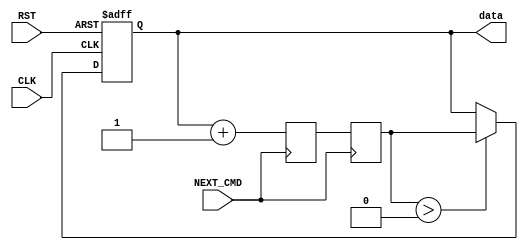
///////////////////////////////////////////////////////////////////////////////////////////////////
// Company: <Name>
//
// File history:
//      <Revision number>: <Date>: <Comments>
//      <Revision number>: <Date>: <Comments>
//      <Revision number>: <Date>: <Comments>
//
// Description: 
//
// <Description here>
//
// Targeted device: <Family::ProASIC3L> <Die::A3P1000L> <Package::484 FBGA>
//
/////////////////////////////////////////////////////////////////////////////////////////////////// 

//`timescale <time_units> / <precision>

module dummy_mem(

    input NEXT_CMD, CLK, RST,
    output [7:0] data
    );

reg [7:0] data_a, data_b, data_c;

assign data = data_c;


always @(posedge NEXT_CMD) begin
    if (NEXT_CMD == 1'b1)
        data_a <= data_c + 1;
end

always @(negedge NEXT_CMD) begin
    if (NEXT_CMD == 1'b0)
        data_b <= data_a;
end    


always @(posedge CLK or negedge RST) begin
    if (RST == 1'b0) begin
        data_c <= 8'd0;
    end
    else begin
        if (data_b > 0)
            data_c <= data_b;
        
    end    
        
end


//<statements>

endmodule